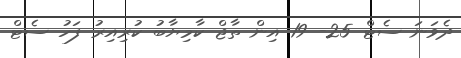
ދެވަނަ ސެޓް 25- 19 އިން ތާޖް ކާމިޔާބު ކުރިއިރު ފަހު ސެޓް